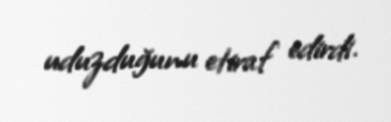
uduzduğunu etiraf edirdi.